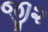
જી૨